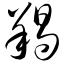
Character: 羯